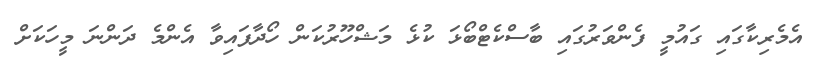
އެމެރިކާގައި ގައުމީ ފެންވަރުގައި ބާސްކެޓްބޯޅަ ކުޅެ މަޝްހޫރުކަން ހޯދާފައިވާ އެންމެ ދަންނަ މީހަކަށް